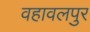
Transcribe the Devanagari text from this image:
वहावलपुर